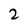
Character: 2